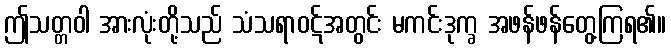
ဤသတ္တဝါ အားလုံးတို့သည် သံသရာဝဋ်အတွင်း မကင်းဒုက္ခ အဖန်ဖန်တွေ့ကြရ၏။